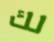
لك